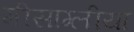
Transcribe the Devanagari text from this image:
मीसाग्लीया